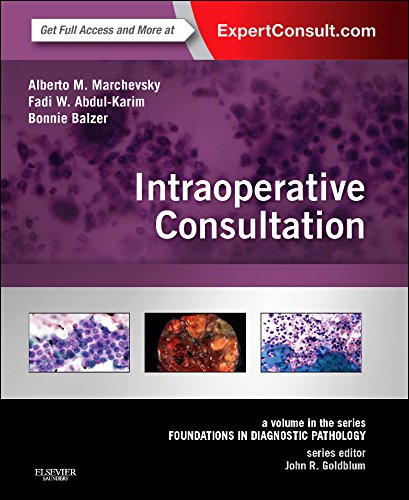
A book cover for Intraoperative Consultation: A Volume in the Series: Foundations in Diagnostic Pathology, 1e; Alberto M Marchevsky MD; Medical Books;